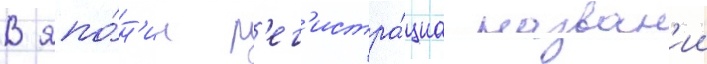
В япо́н'ии р'ег'истра́циа назван'ии